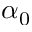
\alpha _ { 0 }